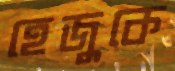
হেজুকে